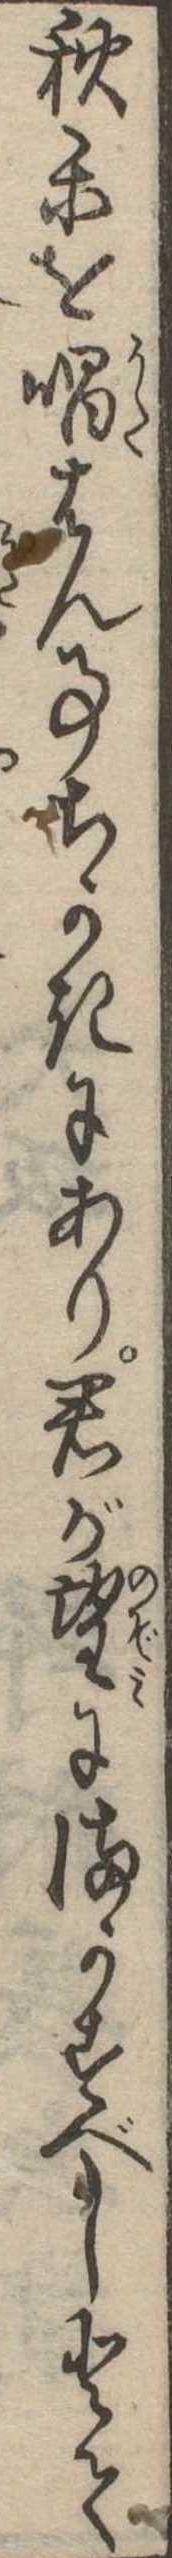
秋楽を唱はん事ちかきにあり君が望にまかすべしとて